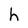
Character: h